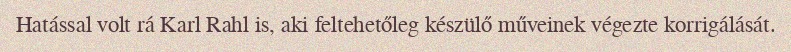
Hatással volt rá Karl Rahl is, aki feltehetőleg készülő műveinek végezte korrigálását.